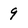
Character: 9